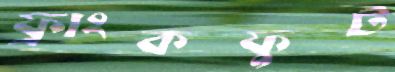
ফ্রাংকফুট